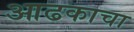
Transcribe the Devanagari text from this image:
आढकाचा